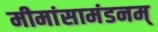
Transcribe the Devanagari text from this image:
मीमांसामंडनम्